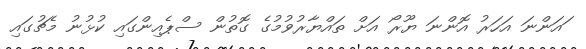
ައަންނަ އަހަރު އޮންނަ ޔޫރޯ އަށް ތައްޔާރުވުމުގެ ގޮތުން ސްޕެއިންގަައި ކުޅުނު މެޗުގައި